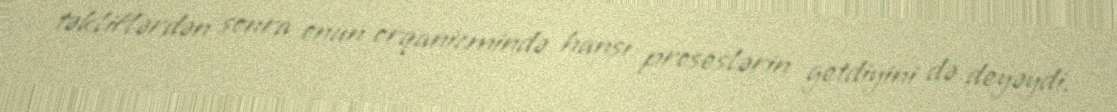
təkliflərdən sonra onun orqanizmində hansı proseslərin getdiyini də deyəydi.